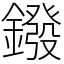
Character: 鏺